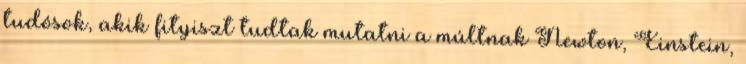
tudósok, akik fityiszt tudtak mutatni a múltnak Newton, Einstein,